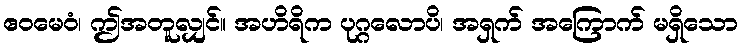
ဧဝမေဝံ၊ ဤအတူလျှင်။ အဟိရိက ပုဂ္ဂလောပိ၊ အရှက် အကြောက် မရှိသော